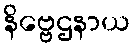
နိဗ္ဗေဌနာယ